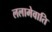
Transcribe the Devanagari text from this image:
ललामेवाति